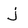
Character: j